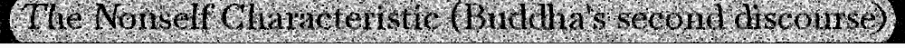
The Nonself Characteristic (Buddha's second discourse)